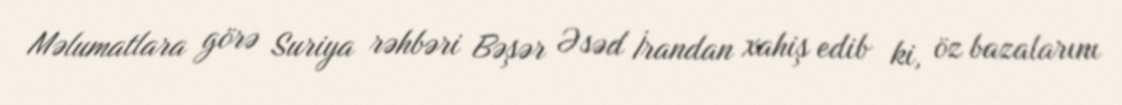
Məlumatlara görə Suriya rəhbəri Bəşər Əsəd İrandan xahiş edib ki, öz bazalarını